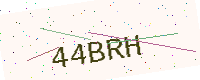
Text: 44BRH